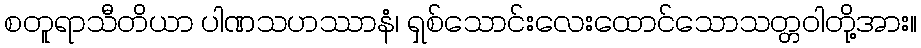
စတူရာသီတိယာ ပါဏသဟဿာနံ၊ ရှစ်သောင်းလေးထောင်သောသတ္တဝါတို့အား။